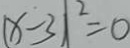
( x - 3 ) ^ { 2 } = 0